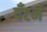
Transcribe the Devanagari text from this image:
पँटर्न